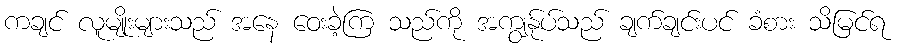
ကချင် လူမျိုးများသည် အနေ ဝေးခဲ့ကြ သည်ကို အကျွန်ုပ်သည် ချက်ချင်းပင် ခံစား သိမြင်ရ